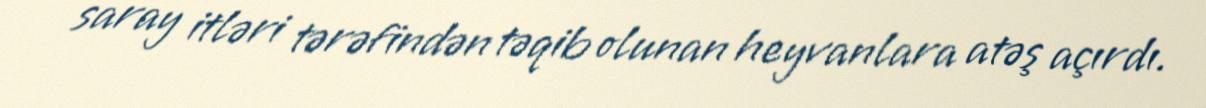
saray itləri tərəfindən təqib olunan heyvanlara atəş açırdı.